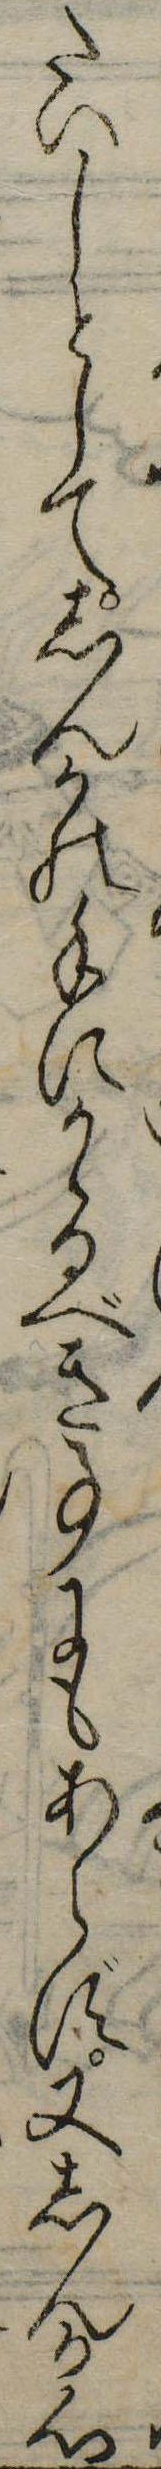
たいしとしてしんかの手にかゝるべき事にもあらず又しんか心